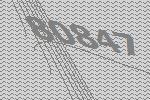
80847